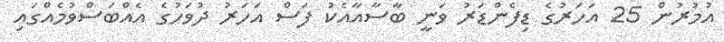
އުމުރުން 25 އަހަރުގެ ޑިފެންޑަރު ވަނީ ބާސާއާއެކު ފަސް އަހަރު ދުވަހުގެ އެއްބަސްވުމެއްގައި